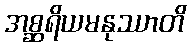
အစ္ဆရိယမနုဿာတိ